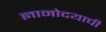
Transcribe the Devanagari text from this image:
ज्ञानोदयाची